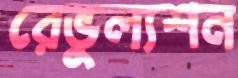
রেভুল্যশন